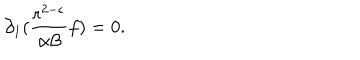
\partial _ { 1 } ( \frac { r ^ { 2 - \epsilon } } { \alpha \beta } f ) = 0 .